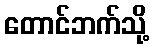
တောင်ဘက်သို့